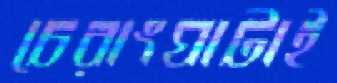
চেরাংঘাটাই